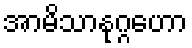
အာမိသာနုဂ္ဂဟော